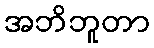
အဘိဘူတာ